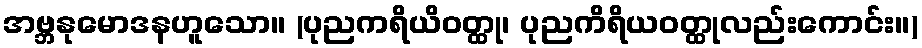
အဗ္ဘနုမောဒနဟူသော။ (ပုညကရိယိဝတ္ထု၊ ပုညကိရိယဝတ္ထုလည်းကောင်း။)